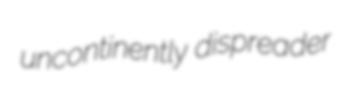
uncontinently dispreader